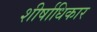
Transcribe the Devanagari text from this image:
शीर्षाधिकार